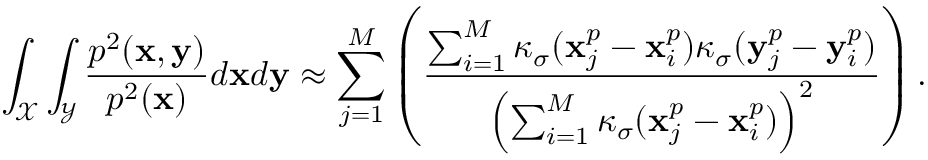
\int _ { \mathcal { X } } \int _ { \mathcal { Y } } \frac { p ^ { 2 } ( \mathbf { x } , \mathbf { y } ) } { p ^ { 2 } ( \mathbf { x } ) } d \mathbf { x } d \mathbf { y } \approx \sum _ { j = 1 } ^ { M } \left( \frac { \sum _ { i = 1 } ^ { M } \kappa _ { \sigma } ( \mathbf { x } _ { j } ^ { p } - \mathbf { x } _ { i } ^ { p } ) \kappa _ { \sigma } ( \mathbf { y } _ { j } ^ { p } - \mathbf { y } _ { i } ^ { p } ) } { \left( \sum _ { i = 1 } ^ { M } \kappa _ { \sigma } ( \mathbf { x } _ { j } ^ { p } - \mathbf { x } _ { i } ^ { p } ) \right) ^ { 2 } } \right) .